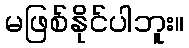
မဖြစ်နိုင်ပါဘူး။